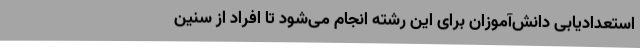
استعدادیابی دانش‌آموزان برای این رشته انجام می‌شود تا افراد از سنین